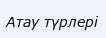
Атау түрлері